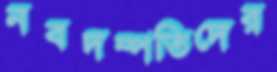
নবদম্পতিদের